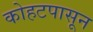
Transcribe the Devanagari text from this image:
कोहटपासून